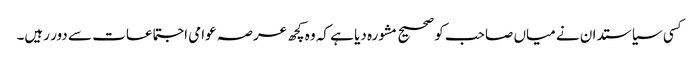
کسی سیاستدان نے میاں صاحب کو صحیح مشورہ دیا ہے کہ وہ کچھ عرصہ عوامی اجتماعات سے دور رہیں۔